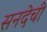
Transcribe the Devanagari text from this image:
सनदेची